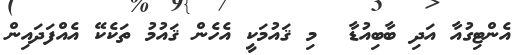
އެންޓިގުއާ އަދި ބާބިއުޑާ  މި ޤައުމަކީ އެހެން ޤައުމު ތަކެކޭ އެއްފަދައިން